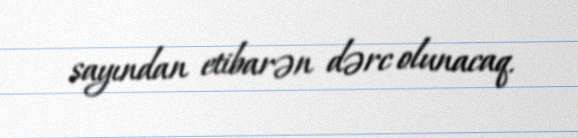
sayından etibarən dərc olunacaq.